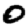
Digit: 0